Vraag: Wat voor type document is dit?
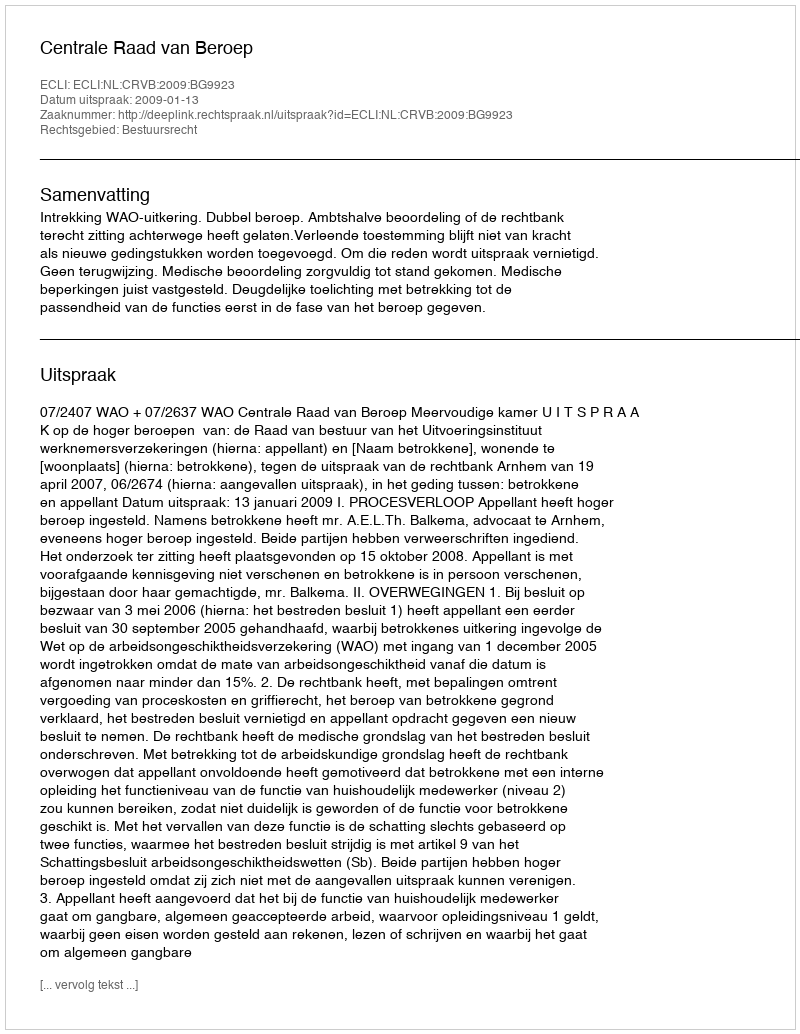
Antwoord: Uitspraak